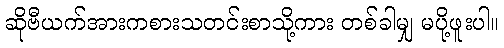
ဆိုဗီယက်အားကစားသတင်းစာသို့ကား တစ်ခါမျှ မပို့ဖူးပါ။